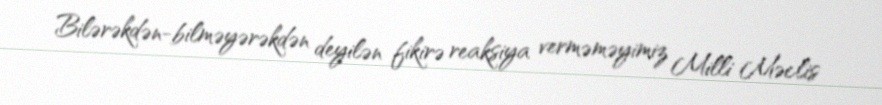
Bilərəkdən-bilməyərəkdən deyilən fikirə reaksiya verməməyimiz Milli Məclis